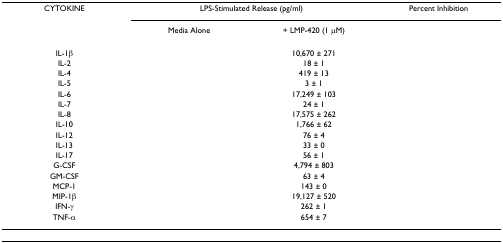
<table><thead><tr><td><b>CYTOKINE</b></td><td colspan="2"><b>LPS-Stimulated Release (pg/ml)</b></td><td><b>Percent Inhibition</b></td></tr><tr><td>[EMPTY_CELL]</td><td><b>Media Alone</b></td><td><b>+ LMP-420 (1 μM)</b></td><td>[EMPTY_CELL]</td></tr></thead><tbody><tr><td>IL-1β</td><td>[EMPTY_CELL]</td><td>10,670 ± 271</td><td>[EMPTY_CELL]</td></tr><tr><td>IL-2</td><td>[EMPTY_CELL]</td><td>18 ± 1</td><td>[EMPTY_CELL]</td></tr><tr><td>IL-4</td><td>[EMPTY_CELL]</td><td>419 ± 13</td><td>[EMPTY_CELL]</td></tr><tr><td>IL-5</td><td>[EMPTY_CELL]</td><td>3 ± 1</td><td>[EMPTY_CELL]</td></tr><tr><td>IL-6</td><td>[EMPTY_CELL]</td><td>17,249 ± 103</td><td>[EMPTY_CELL]</td></tr><tr><td>IL-7</td><td>[EMPTY_CELL]</td><td>24 ± 1</td><td>[EMPTY_CELL]</td></tr><tr><td>IL-8</td><td>[EMPTY_CELL]</td><td>17,575 ± 262</td><td>[EMPTY_CELL]</td></tr><tr><td>IL-10</td><td>[EMPTY_CELL]</td><td>1,766 ± 62</td><td>[EMPTY_CELL]</td></tr><tr><td>IL-12</td><td>[EMPTY_CELL]</td><td>76 ± 4</td><td>[EMPTY_CELL]</td></tr><tr><td>IL-13</td><td>[EMPTY_CELL]</td><td>33 ± 0</td><td>[EMPTY_CELL]</td></tr><tr><td>IL-17</td><td>[EMPTY_CELL]</td><td>56 ± 1</td><td>[EMPTY_CELL]</td></tr><tr><td>G-CSF</td><td>[EMPTY_CELL]</td><td>4,794 ± 803</td><td>[EMPTY_CELL]</td></tr><tr><td>GM-CSF</td><td>[EMPTY_CELL]</td><td>63 ± 4</td><td>[EMPTY_CELL]</td></tr><tr><td>MCP-1</td><td>[EMPTY_CELL]</td><td>143 ± 0</td><td>[EMPTY_CELL]</td></tr><tr><td>MIP-1β</td><td>[EMPTY_CELL]</td><td>19,127 ± 520</td><td>[EMPTY_CELL]</td></tr><tr><td>IFN-γ</td><td>[EMPTY_CELL]</td><td>262 ± 1</td><td>[EMPTY_CELL]</td></tr><tr><td>TNF-α</td><td>[EMPTY_CELL]</td><td>654 ± 7</td><td>[EMPTY_CELL]</td></tr></tbody></table>